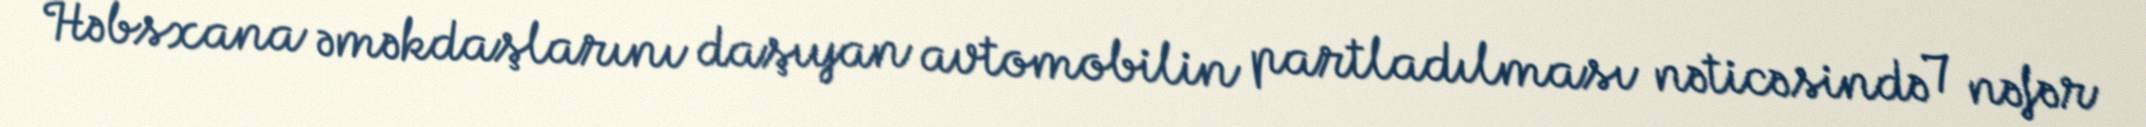
Həbsxana əməkdaşlarını daşıyan avtomobilin partladılması nəticəsində 7 nəfər